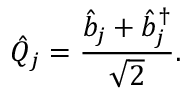
\hat { Q } _ { j } = \frac { \hat { b } _ { j } + \hat { b } _ { j } ^ { \dagger } } { \sqrt { 2 } } .